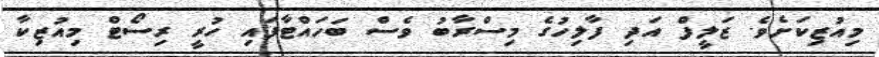
މިއުޒިކަށެވެ. ޒަލީފް އަދި ފާލިހުގެ މިސްރާބު ވެސް ބަހައްޓާފައި ހުރީ ރިސޯޓް މިއުޒިކާ